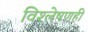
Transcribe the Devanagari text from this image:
विश्‍लेषणही